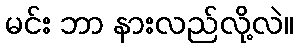
မင်း ဘာ နားလည်လို့လဲ။